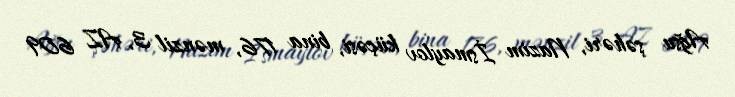
Ağsu şəhəri, Nazim İsmaylov küçəsi, bina 176, mənzil 3, AZ 609